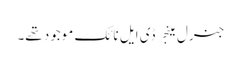
جنرل مینجر ڈی ایل نائک موجود تھے۔